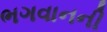
ભગવાનની